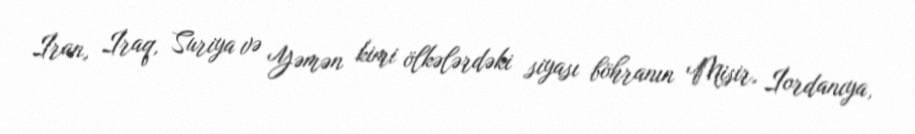
İran, İraq, Suriya və Yəmən kimi ölkələrdəki siyası böhranın Misir, İordanıya,